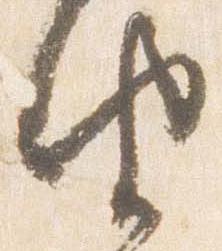
由